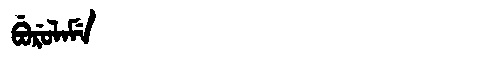
Manchu: ᠪᡠᡵᡠᠯᠠᠮᡝ
Romanization: BURULAME